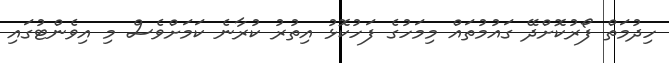
ހިދުމަތް ފޯރުކޮށްދޭ ގައުމުތައް މިމަހުގެ ފަހުކޮޅު އިތުރު ކުރާނެ ކަމަށްވެސް މި އިވެންޓުގައި